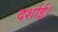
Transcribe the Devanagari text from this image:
दर्शाई।